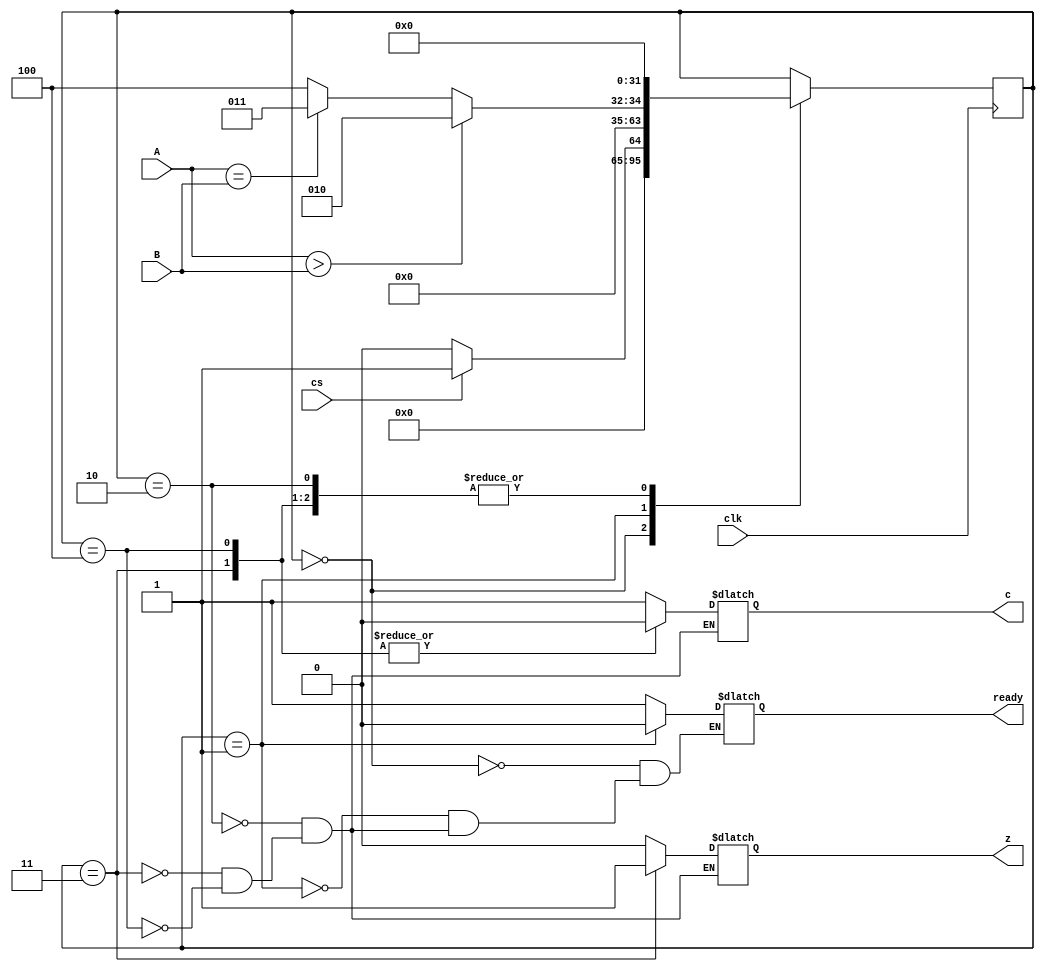
`timescale 1ns / 1ps
//////////////////////////////////////////////////////////////////////////////////
// Company: 
// Engineer: 
// 
// Design Name: 
// Module Name: compare
// Project Name: 
// Target Devices: 
// Tool Versions: 
// Description: 
// 
// Dependencies: 
// 
// Revision:
// Revision 0.01 - File Created
// Additional Comments:
// 
//////////////////////////////////////////////////////////////////////////////////
//comparator
module compare(cs,A,B,clk,ready,c,z);
input clk,cs;
input [15:0]A,B;
output reg ready,c,z;
integer state;

initial 
begin
state=0;
end

always@(posedge clk)
begin
case(state)
0:begin
if(cs)
state=1;
else
state=0;
end
1:begin
if(A>B)
state=2;
else if(A==B)
state=3;
else
state=4;
end
2,3,4:state=0;
endcase
end

always@(state)
begin
case(state)
0:ready=1;
1:ready=0;
2:begin
c=1;
z=0;
ready=1;
end
3:begin
c=0;
z=1;
ready=1;
end
4:begin
c=0;
z=0;
ready=1;
end
endcase
end
endmodule